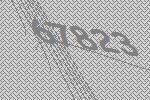
67823